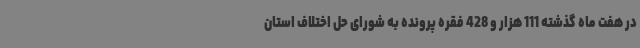
در هفت ماه گذشته 111 هزار و 428 فقره پرونده به شورای حل اختلاف استان